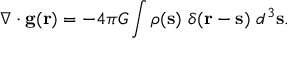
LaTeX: \nabla \cdot \mathbf { g } ( \mathbf { r } ) = - 4 \pi G \int \rho ( \mathbf { s } ) \ \delta ( \mathbf { r } - \mathbf { s } ) \ d ^ { 3 } \mathbf { s } .